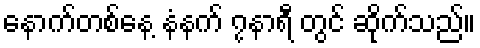
နောက်တစ်နေ့ နံနက် ၇နာရီ တွင် ဆိုက်သည်။